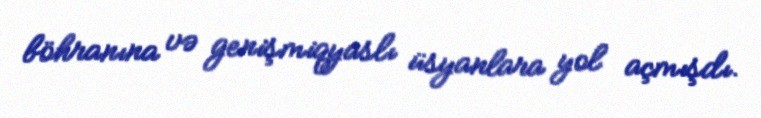
böhranına və genişmiqyaslı üsyanlara yol açmışdı.